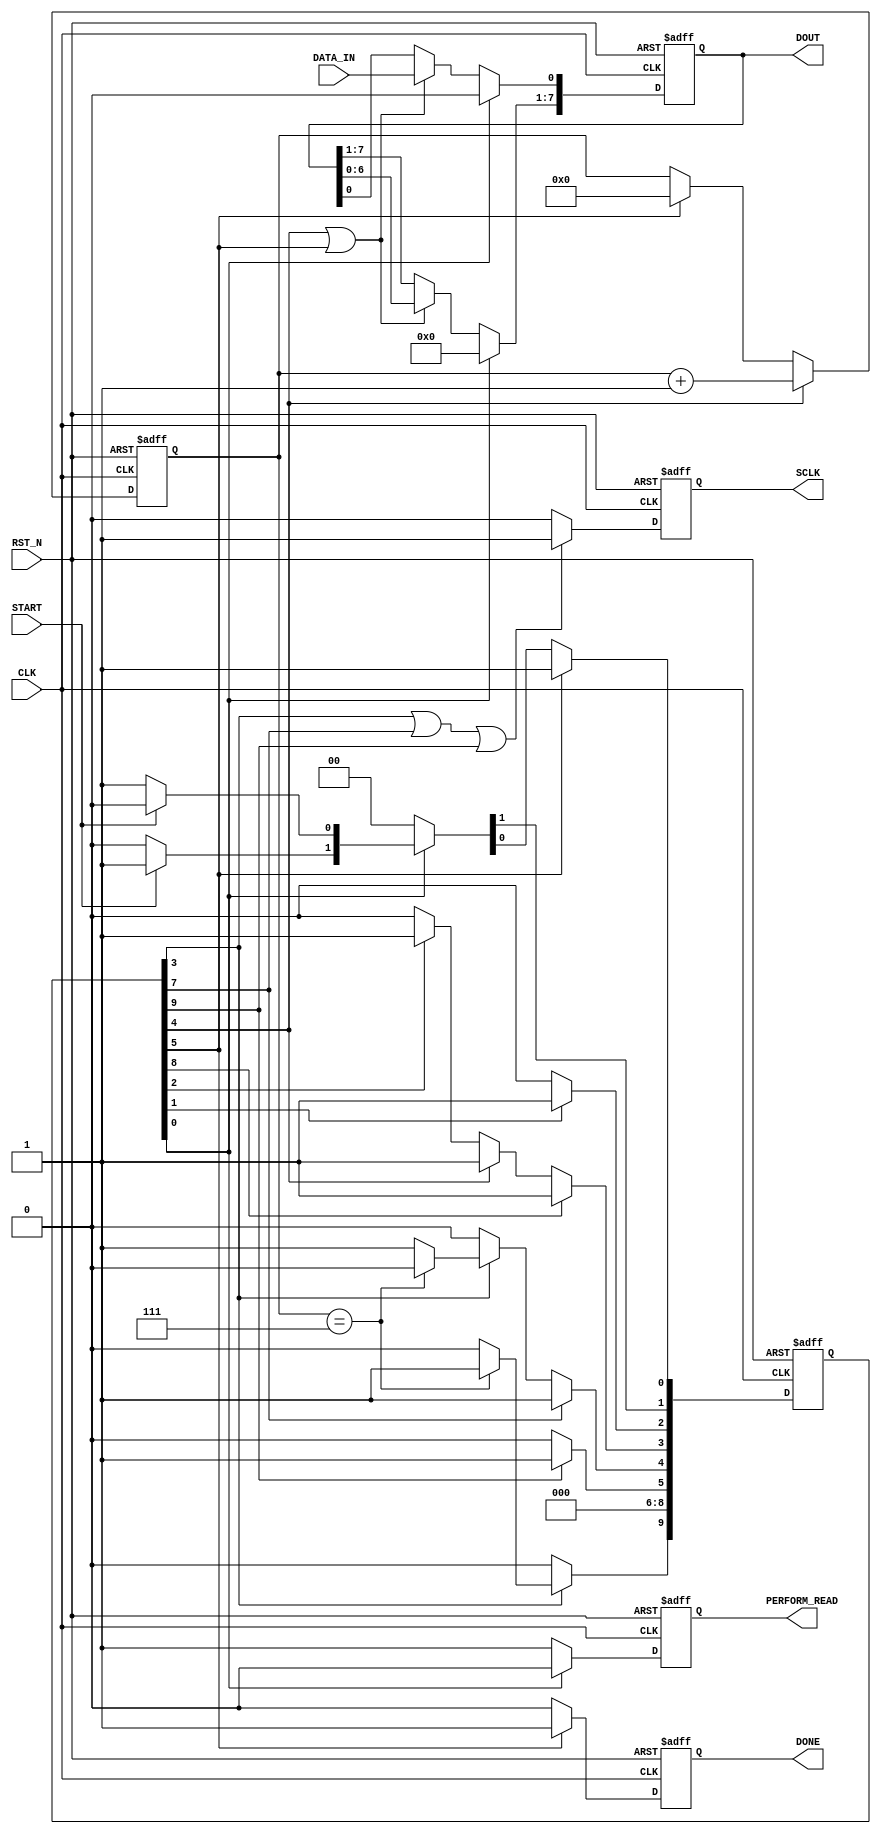
module i2c_read_model
  (
   CLK, 
   RST_N,

   START,
   DONE,

   DOUT,
   DATA_IN,
   SCLK,

   PERFORM_READ

   );

   //----------------------------------------------
   // Parameter Declarations
   //----------------------------------------------
   parameter IDLE			= 0,
	     FIRST_HI			= 1,
	     FIRST_LOW			= 2,
	     CLOCK_HI			= 3,
	     CLOCK_LOW			= 4,
	     READ_DONE			= 5,
		WAIT_FOR_DATA_IN_LO = 6,
		CLOCK_HI_DELAY		= 7,
		CLOCK_LO_DELAY		= 8,
		READ_DONE_DELAY	= 9 ;
   
   //--------------------------------------------------
   // IO Port Declarations
   //--------------------------------------------------     
   input   CLK;
   input   RST_N;
   input   START;
   input   DATA_IN;
   
   output [7:0] DOUT;
   output      DONE;
   output      SCLK;

   output		PERFORM_READ;

   
   //------------------------------------------------
   // Wire and Register Declarations                
   //------------------------------------------------
   reg [4:0]   bit_count;
   reg 	       DONE;
   reg 	       SCLK;
   reg [7:0]   DOUT;
   
   reg [9:0]   state, next;
   reg		PERFORM_READ;
   

`ifdef SIM
   reg [8*20:1] state_name;
`endif

   //------------------------------------------------
   // Create a Read function in operation Signal 
   // This will inform the write_SPI_fsm.v to assert
   // DATA_OUT signal to a high.
   //------------------------------------------------
   always @(posedge CLK or negedge RST_N)
     begin
	if (!RST_N)
	  PERFORM_READ <= 0;
	else
	  begin
	     if (state[IDLE])
	       PERFORM_READ <= 0;
	     else
	       PERFORM_READ <= 1;
	  end
     end // always @ (posedge CLK or negedge RST_N)

   //------------------------------------------------
   // Create a DONE Signal when the byte has been transmitted
   //------------------------------------------------
   always @(posedge CLK or negedge RST_N)
     begin
	if (!RST_N)
	  DONE <= 0;
	else
	  begin
	     if (state[READ_DONE])
	       DONE <= 1;
	     else
	       DONE <= 0;
	  end
     end // always @ (posedge CLK or negedge RST_N)

   //------------------------------------------------
   // Create a bit_count of the number of bits sent
   //------------------------------------------------
   always @(posedge CLK or negedge RST_N)
     begin
	if (!RST_N)
	  bit_count <= 0;
	else
	  begin
	     if (state[CLOCK_LOW])
	       bit_count <= bit_count + 1;
	     else if (state[READ_DONE])
	       bit_count <= 0;
	  end
     end // always @ (posedge CLK or negedge RST_N)

   //------------------------------------------------
   // Create a Serial Clock Out
   //------------------------------------------------
   always @(posedge CLK or negedge RST_N)
     begin
	if (!RST_N)
	  SCLK <= 0;
	else
	  begin
	     if (state[CLOCK_HI] || state[CLOCK_HI_DELAY] || 
			state[READ_DONE_DELAY])
	       SCLK <= 1;
	       //SCLK <= 0;
	     else if (state[CLOCK_LOW] || state[CLOCK_LO_DELAY] ) 
	       SCLK <= 0;
	     else
	       SCLK <= 0;
	       //SCLK <= 1;
	  end
     end // always @ (posedge CLK or negedge RST_N)
   
   //------------------------------------------------
   // Shift Data Out
   //------------------------------------------------
   always @(posedge CLK or negedge RST_N)
     begin
	if (!RST_N)
	  DOUT <= 0;
	else
	  begin
	     if (state[CLOCK_LOW] || state[READ_DONE])
	       begin
		  DOUT[0] <= DATA_IN;
		  DOUT[7:1] <= DOUT[6:0];
		  //DOUT[bit_count] <= DATA_IN;
	       end
	     if (state[IDLE])
	       DOUT <= 0;
	  end // else: !if(!RST_N)
     end // always @ (posedge CLK or negedge RST_N)     
	  
   //--------------------------------------------------
   // Write State Machine
   //--------------------------------------------------  
   // Next State Logic
   always @(posedge CLK or negedge RST_N)
     begin
	if (!RST_N)
	  begin
	     state <= 7'h00;
	     state[IDLE] <= 1'b1;
	  end
	else
	  state <= next;
     end

   always @ ( /*AUTOSENSE*/START or bit_count or DATA_IN or state)
     begin
	next = 7'h00;

	if (state[IDLE])
	  begin
	     if (START)
	       next[FIRST_HI] = 1'b1;
	     else
	       next[IDLE] = 1'b1;
	  end

	if (state[FIRST_HI])
	  next[FIRST_LOW] = 1'b1;

	if (state[FIRST_LOW])
	  next[CLOCK_HI] = 1'b1;	

	if (state[CLOCK_HI])
	  begin
	     if (bit_count == 7)
	       next[READ_DONE_DELAY] = 1'b1;
	     else
	       next[CLOCK_LOW] = 1'b1;
	  end

	if (state[CLOCK_HI_DELAY])
	  next[CLOCK_LOW] = 1'b1;

	if (state[CLOCK_LOW])
	  //next[CLOCK_LO_DELAY] = 1'b1;
	  next[CLOCK_HI] = 1'b1;

	if (state[CLOCK_LO_DELAY])
	  next[CLOCK_HI] = 1'b1;

	if (state[READ_DONE_DELAY])
	  next[READ_DONE] = 1'b1;	

	if (state[READ_DONE])
	  next[IDLE] = 1'b1;	

`ifdef SIM
	if (state == (1 << IDLE))
	  state_name = "IDLE";
	else if (state == (1 << FIRST_HI))
	  state_name = "FIRST_HI";
	else if (state == (1 << FIRST_LOW))
	  state_name = "FIRST_LOW";
	else if (state == (1 << CLOCK_HI))
	  state_name = "CLOCK_HI";
	else if (state == (1 << CLOCK_LOW))
	  state_name = "CLOCK_LOW";
	else if (state == (1 << READ_DONE))
	  state_name = "READ_DONE";	
	else if (state == (1 << WAIT_FOR_DATA_IN_LO))
	  state_name = "WAIT_FOR_DATA_IN_LO";	
	else if (state == (1 << CLOCK_LO_DELAY))
	  state_name = "CLOCK_LO_DELAY";
	else if (state == (1 << CLOCK_HI_DELAY))
	  state_name = "CLOCK_HI_DELAY";	
	else if (state == (1 << READ_DONE_DELAY))
	  state_name = "READ_DONE_DELAY";	
`endif
     end // always @ (...

   
endmodule